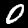
Label: 0